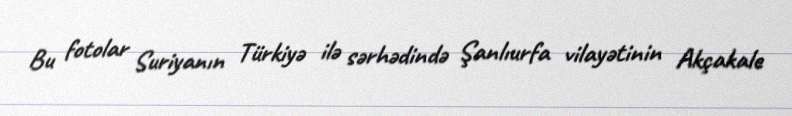
Bu fotolar Suriyanın Türkiyə ilə sərhədində Şanlıurfa vilayətinin Akçakale